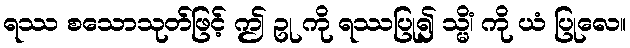
ရဿ စသောသုတ်ဖြင့် ဤ ဥု ကို ရဿပြု၍ သ္မိံ၊ ကို ယံ ပြုလေ။